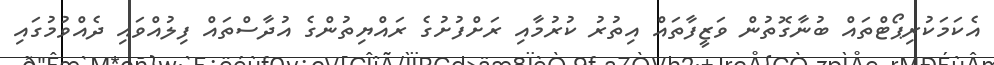
އެކަމަކުރިޕޯޓްތައް ބުނާގޮތުން ވަޒީފާތައް އިތުރު ކުރުމާއި ރަށްފުށުގެ ރައްޔިތުންގެ އުދާސްތައް ފިލުއްވައި ދެއްވުމުގައި